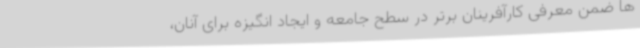
ها ضمن معرفی کارآفرینان برتر در سطح جامعه و ایجاد انگیزه برای آنان،